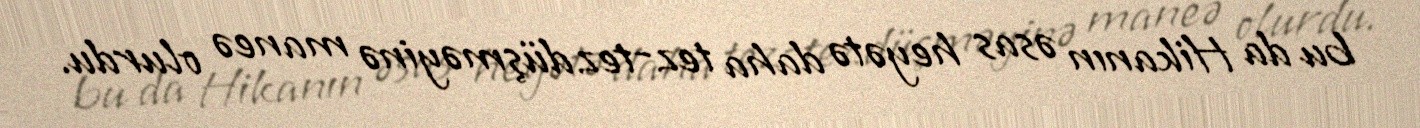
bu da Hikanın əsas heyətə daha tez-tez düşməyinə maneə olurdu.